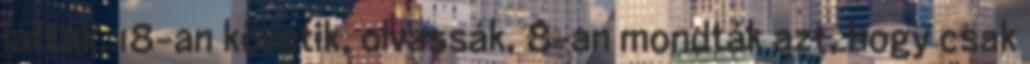
látták, 18-an követik, olvassák, 8-an mondták azt, hogy csak